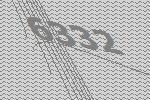
6332